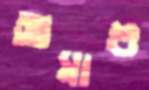
আমাশু